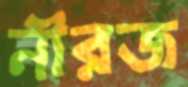
নীরজ